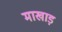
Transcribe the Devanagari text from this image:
माखाड़